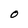
Character: 0